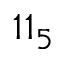
1 1 _ { 5 }